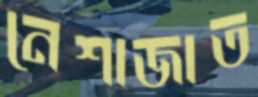
নেশাজাত